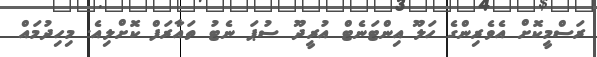
ރަސްމީކޮށް އެވެރިންގެ ހަލޫ އިންޓަނެޓް އުރީދޫ ސުޕަ ނެޓު ތައާރަފް ކޮށްލިއެ. މިހިދުމައް